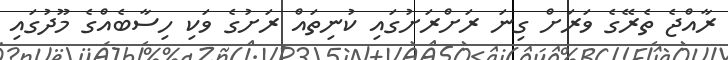
ރާއްޖެ ތެރޭގެ ވަރަށް ގިނަ ރަށްރަށުގައި ކުނިތައް ރަށުގެ ވަކި ހިސާބެއްގެ މޫދުގައި